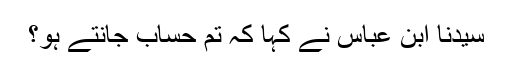
سیدنا ابن عباسؓ نے کہا کہ تم حساب جانتے ہو؟